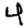
Digit: 4